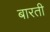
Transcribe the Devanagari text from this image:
बारती